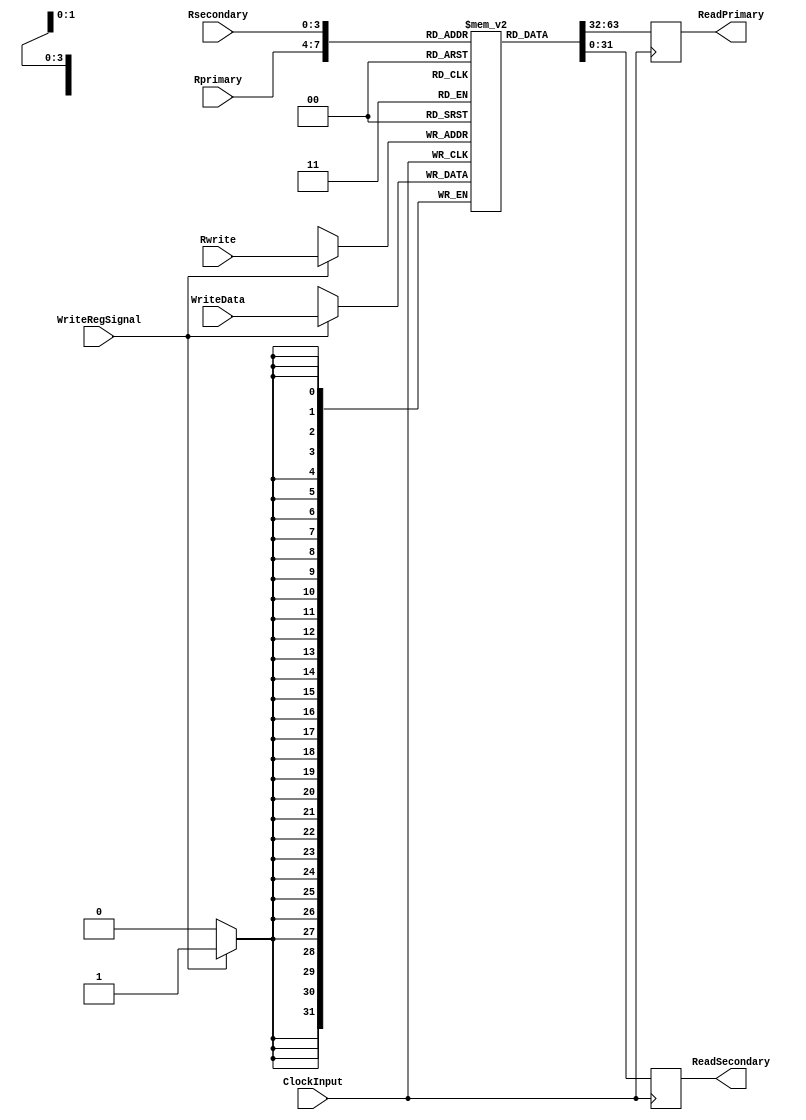
`timescale 1ns / 1ps
//////////////////////////////////////////////////////////////////////////////////
// Company: 
// 
// Design Name: 
// Module Name: RegisterFile
// Project Name: 
// Target Devices: 
// Tool Versions: 
// Description: 
// 
// Dependencies: 
// 
// Revision:
// Revision 0.01 - File Created
// Additional Comments:
// 
//////////////////////////////////////////////////////////////////////////////////


module RegisterFile(
    input ClockInput,
    input [3:0] Rprimary,
    input [3:0] Rsecondary,
    input [3:0] Rwrite,
    input WriteRegSignal, //control sginal
    input [31:0] WriteData,
    output reg [31:0] ReadPrimary,
    output reg [31:0] ReadSecondary
    );
    
    reg[31:0] Reg[15:0]; // R0-R15 register bank
        
    always @(posedge ClockInput) // first Half - write register // ensures any write-back complete before reading same.
    begin
        if(WriteRegSignal) Reg[Rwrite]<=WriteData;
    end
    
    always @(negedge ClockInput) // second Half - read register
    begin
        ReadPrimary<=Reg[Rprimary];
        ReadSecondary<=Reg[Rsecondary];
    end
    
    initial begin
       Reg[1]=45;
        Reg[2]=100;
        Reg[7]=543;
        Reg[9]=890;
        Reg[10]=100; 
        //Reg[0]=0;
        //Reg[3]=1;
        //Reg[4]=32'h1A6D;
    end
    
endmodule